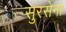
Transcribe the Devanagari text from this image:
सुरसेना